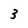
Character: 3